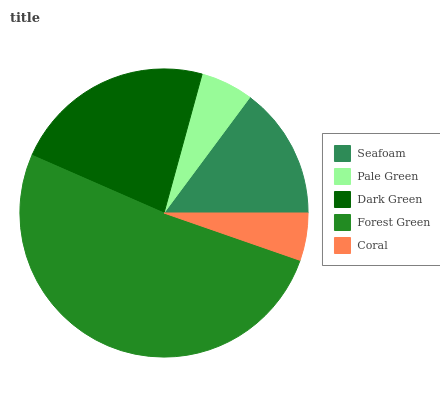
| Seafoam | Pale Green | Dark Green | Forest Green | Coral |
 | --- | --- | --- | --- | --- |
 | 14.8% | 5.9% | 22.7% | 51.2% | 5.31% |